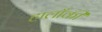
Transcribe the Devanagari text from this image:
हालाँकी